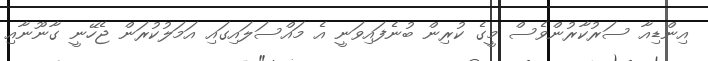
އިންޑިއާ ސަރުކާރުންވެސް މީގެ ކުރިން ބުނެފައިވަނީ އެ މައްސަލައިގައި އަމަލުކުރަން ޖެހޭނީ ގާނޫނާއި